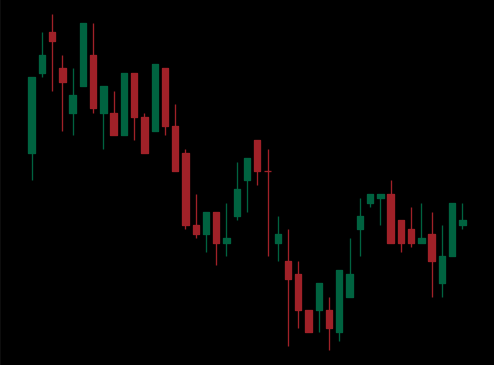
Pattern: bull_flag